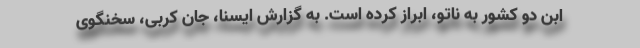
ابن دو کشور به ناتو، ابراز کرده است. به گزارش ایسنا، جان کربی، سخنگوی